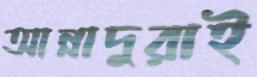
আন্নাদুরাই